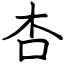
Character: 杏